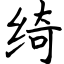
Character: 绮